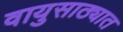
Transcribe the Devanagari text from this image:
वायुसाठ्यात